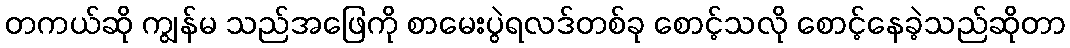
တကယ်ဆို ကျွန်မ သည်အဖြေကို စာမေးပွဲရလဒ်တစ်ခု စောင့်သလို စောင့်နေခဲ့သည်ဆိုတာ